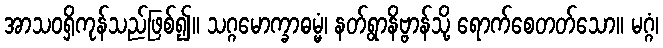
အာသဝရှိကုန်သည်ဖြစ်၍။ သဂ္ဂမောက္ခာဓမ္မံ၊ နတ်ရွာနိဗ္ဗာန်သို့ ရောက်စေတတ်သော။ မဂ္ဂံ၊